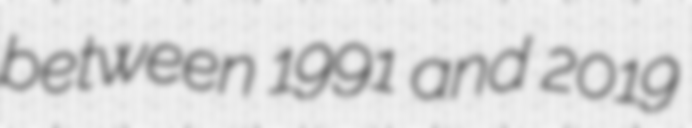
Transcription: between 1991 and 2019